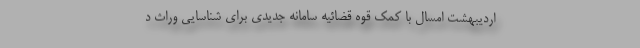
اردیبهشت امسال با کمک قوه قضائیه سامانه جدیدی برای شناسایی وراث د